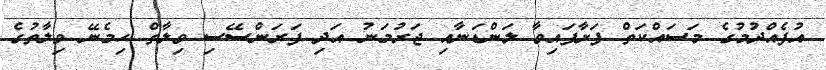
އުފެއްދުމުގެ މަސައްކަތް ފަށާފައިވާ ލަންޑަނާއި ޖަރުމަނު އަދި ފަރަންސޭސި ވިލާތް ހިމެނޭ ވިލާތުގެ